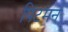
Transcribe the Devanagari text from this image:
पिटमन